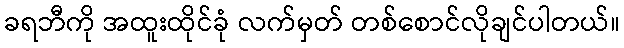
ခရဘီကို အထူးထိုင်ခုံ လက်မှတ် တစ်စောင်လိုချင်ပါတယ်။